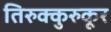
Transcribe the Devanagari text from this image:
तिरुक्कुरुकूर